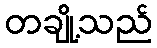
တချို့သည်